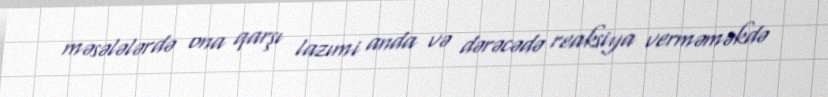
məsələlərdə ona qarşı lazımi anda və dərəcədə reaksiya verməməkdə